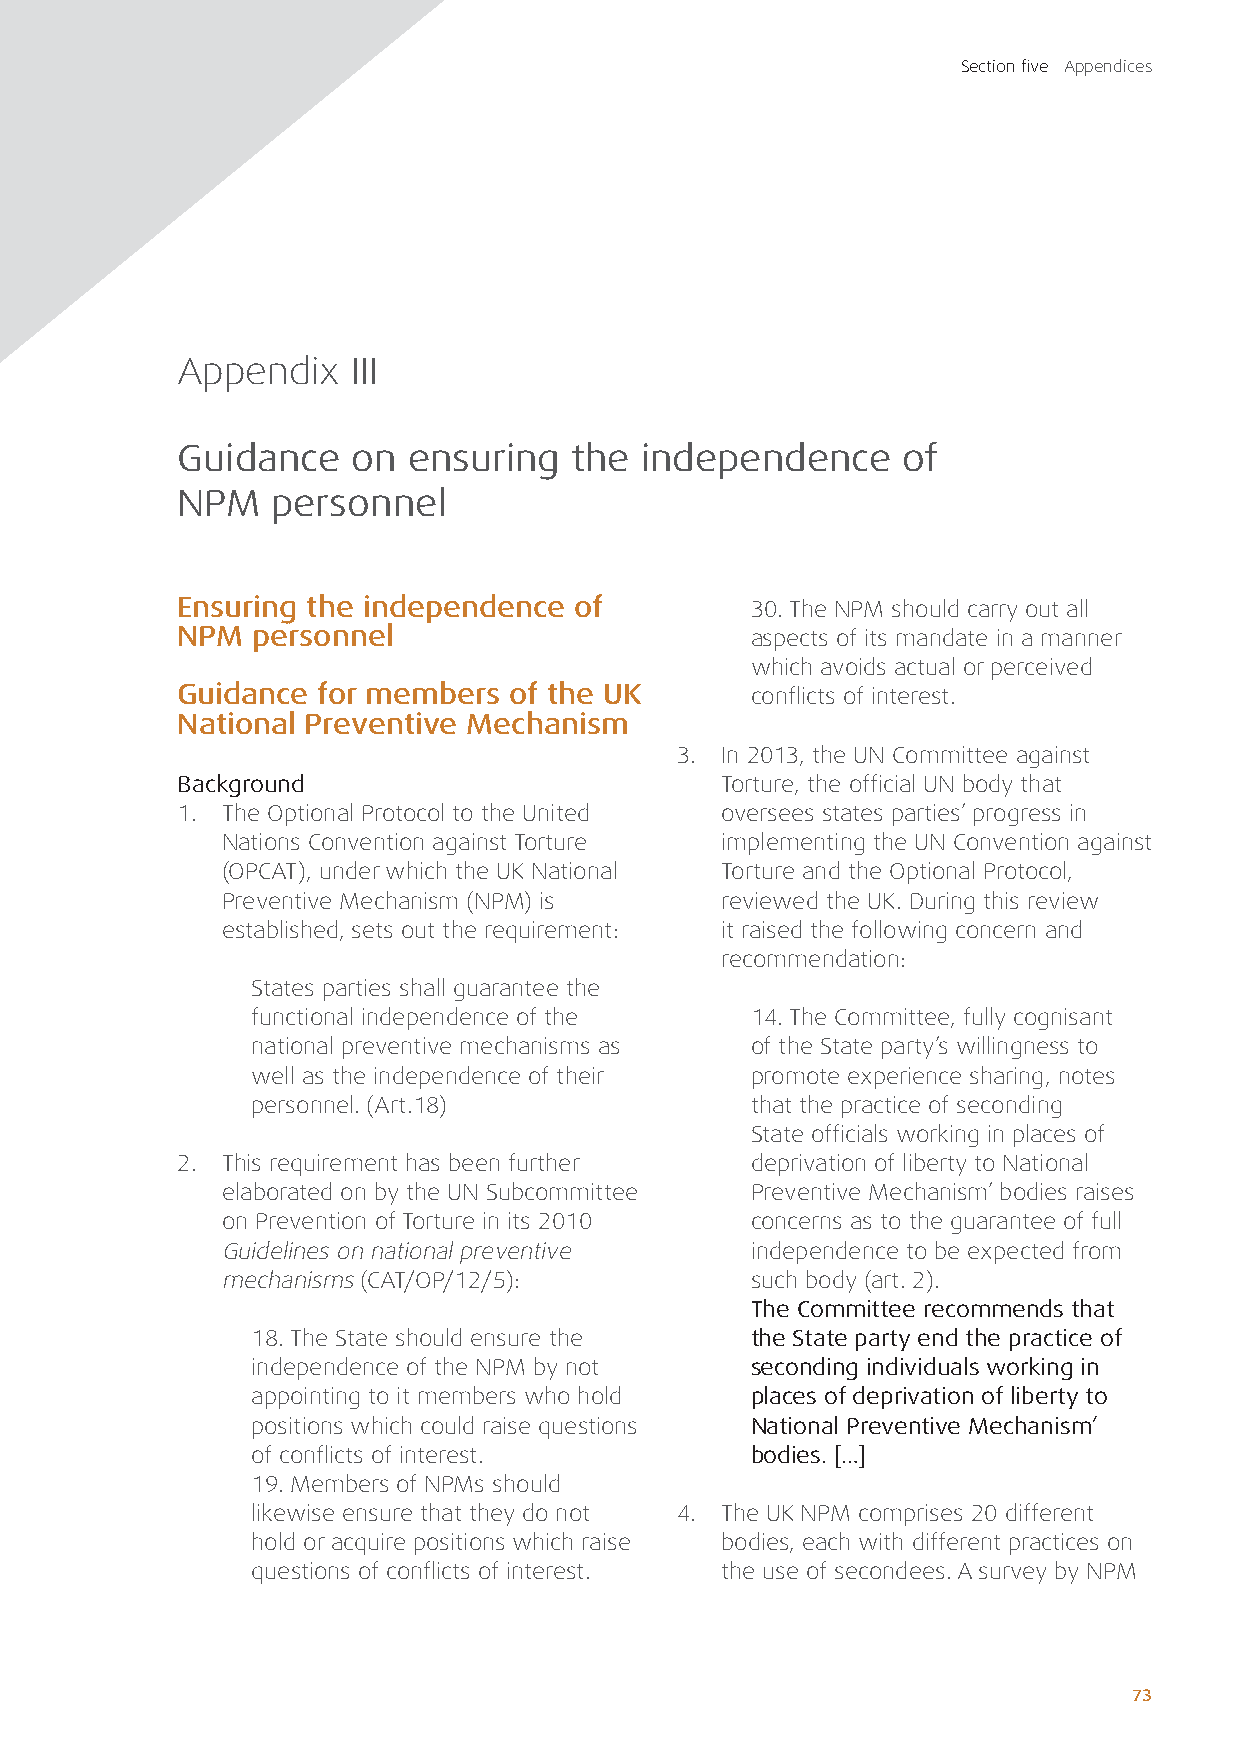
Section five Appendices
 Appendix   III
 Guidance   on  ensuring   the independence      of
 NPM   personnel
 Ensuring the independence of          30. The NPM should carry out all
 NPM  personnel                        aspects of its mandate in a manner
 which avoids actual or perceived
 Guidance for members  of the UK       conflicts of interest.
 National Preventive Mechanism
 3. In 2013, the UN Committee against
 Background                          Torture, the official UN body that
 1. The Optional Protocol to the United oversees states parties’ progress in
 Nations Convention against Torture implementing the UN Convention against
 (OPCAT), under which the UK National Torture and the Optional Protocol,
 Preventive Mechanism (NPM) is    reviewed the UK. During this review
 established, sets out the requirement: it raised the following concern and
 recommendation:
 States parties shall guarantee the
 functional independence of the   14. The Committee, fully cognisant
 national preventive mechanisms as of the State party’s willingness to
 well as the independence of their promote experience sharing, notes
 personnel. (Art.18)              that the practice of seconding
 State officials working in places of
 2. This requirement has been further  deprivation of liberty to National
 elaborated on by the UN Subcommittee Preventive Mechanism’ bodies raises
 on Prevention of Torture in its 2010 concerns as to the guarantee of full
 Guidelines on national preventive  independence to be expected from
 mechanisms (CAT/OP/12/5):          such body (art. 2).
 The Committee recommends that
 18. The State should ensure the  the State party end the practice of
 independence of the NPM by not   seconding individuals working in
 appointing to it members who hold places of deprivation of liberty to
 positions which could raise questions National Preventive Mechanism’
 of conflicts of interest.        bodies. […]
 19. Members of NPMs should
 likewise ensure that they do not 4. The UK NPM comprises 20 different
 hold or acquire positions which raise bodies, each with different practices on
 questions of conflicts of interest. the use of secondees. A survey by NPM
 7733